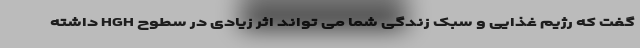
گفت که رژیم غذایی و سبک زندگی شما می تواند اثر زیادی در سطوح HGH داشته